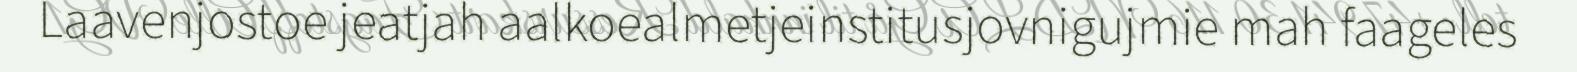
Laavenjostoe jeatjah aalkoealmetjeinstitusjovnigujmie mah faageles